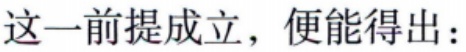
这一前提成立，便能得出：